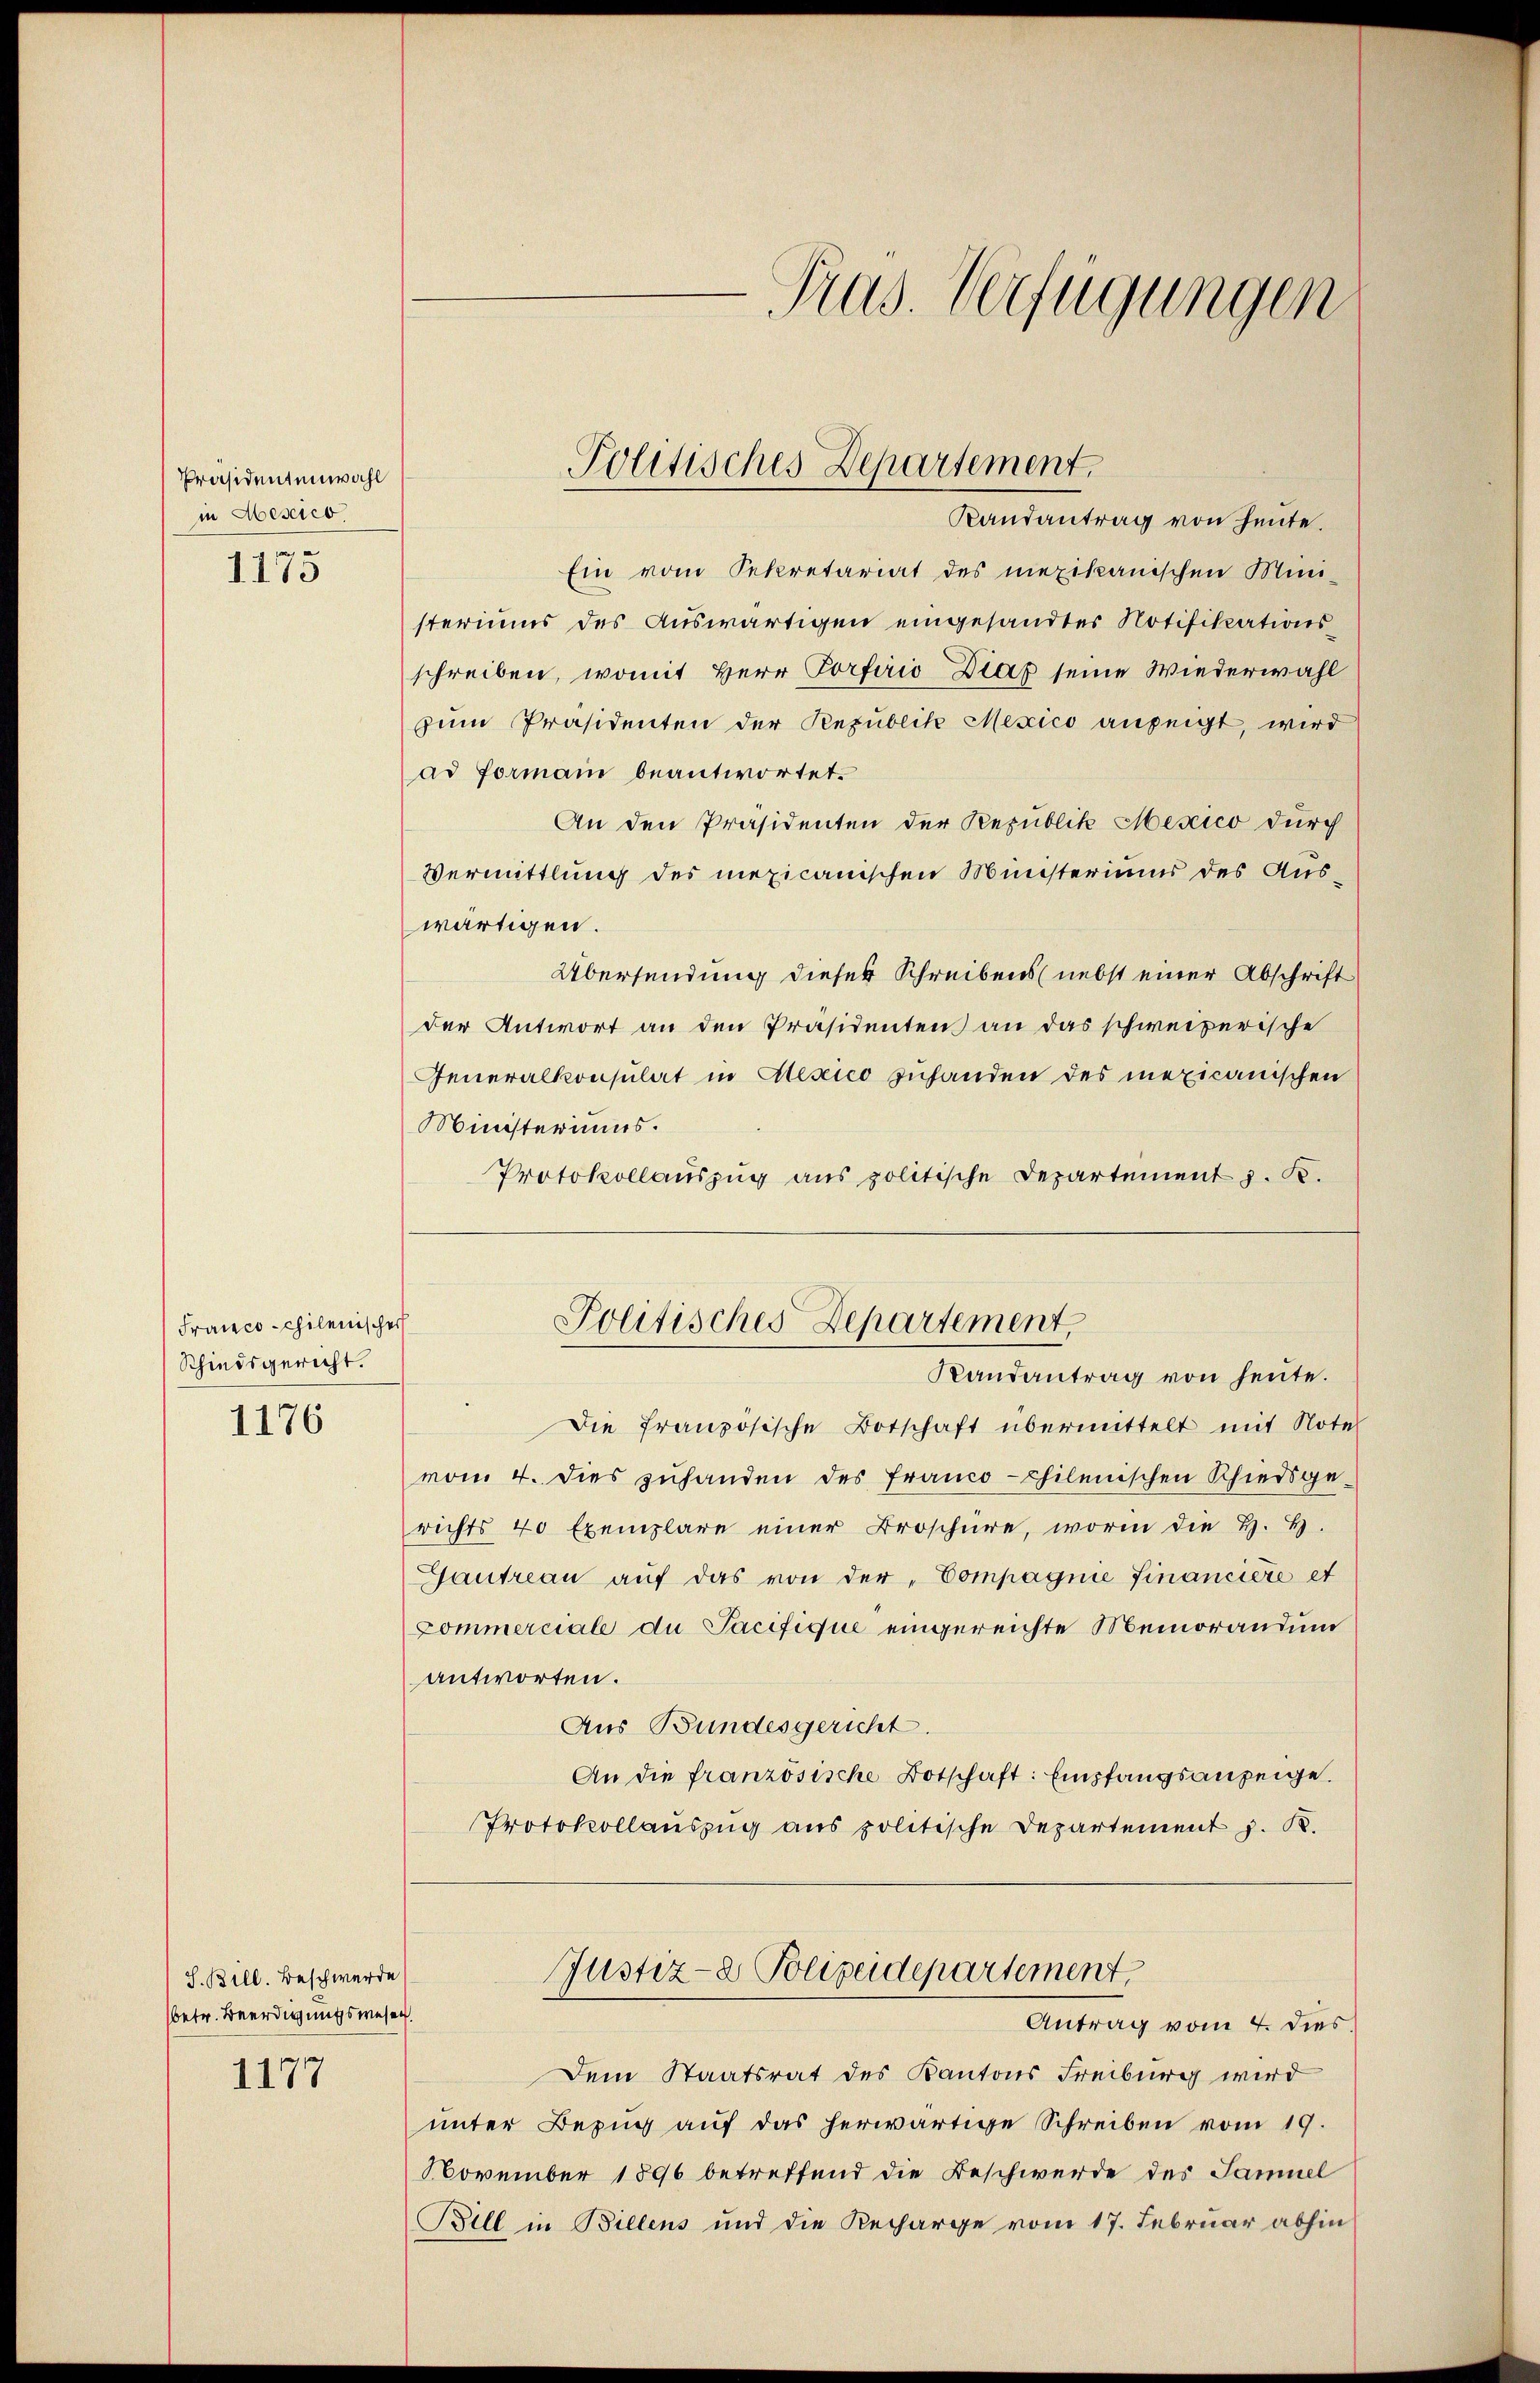
Präsidentenwahl
in Messes

1175

Franco-chilenischer
Schiedsgericht.

1176

J. Bill. Beschwerde
betr. Beerdigungswesen.

1177

C
Frus. Verfügungen

Ein vom Sekretariat des mexikanischen Mini-
steriums des Auswärtigen eingesandter Notifikationsschreiben, womit Herr Porfirio Diaz seine Wiederwahl
zum Präsidenten der Republik Mexico anzeigt, wird
ad formann beantwortet.
An den Präsidenten der Republik Mexico durch
Vermittlung des mexicanischen Ministeriums des Auswärtigen.
Übersendung dieser Schreibens (nebst einer Abschrift
der Antwort an den Präsidenten an das schweizerische
Generalkonsulat in Alexico zuhanden des mexicanischen
Ministeriums.
Protokollauszug aus politische Departement J. K.
Politisches Departement,
Randantrag von heute.
Die französische Botschaft übermittelt mit Note
vom 4. dies zuhanden des Franco-chilenischen Schiedsgerichts 40 Exemplare einer Broschüre, worin die H. H.
Gautreau auf das von der „Compagnie Financiere et
Commerciale du Pacifique eingereichte Memorandum
antworten.
Aus Bundesgericht
An die französische Botschaft: Empfangsanzeige.
Protokollauszug aus politische Departement J. K.

Politisches Departement
Randantrag von Heute.

Dem Staatsrat des Kantons Freiburg wird
unter Bezug auf das herwärtige Schreiben vom 19.
November 1896 betreffend die Beschwerde des Samuel
Bill in Billens und die Recharge vom 17. Februar abhin

Justiz- & Polizeidepartement.
Antrag vom 4. dies.